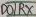
Text: D0/RX